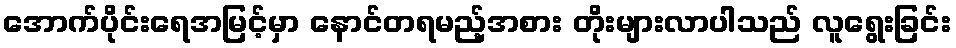
အောက်ပိုင်းရေအမြင့်မှာ နောင်တရမည့်အစား တိုးများလာပါသည် လူရွေးခြင်း